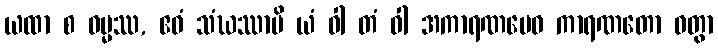
ယထာ စ ဓမ္မဿ, ဧဝံ သံဃဿာပိ ယံ ဝါ တံ ဝါ အကာရဏမေဝ ကာရဏတော ဝတွာ